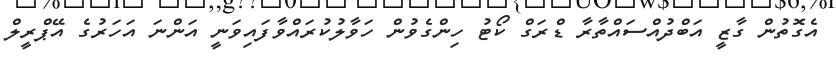
އެގޮތުން ގާޒީ އަބްދުއްސައްތާރާ ޑްރަގް ކޯޓު ހިންގެވުން ހަވާލުކުރައްވާފައިވަނީ އަންނަ އަހަރުގެ އޭޕްރީލް